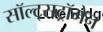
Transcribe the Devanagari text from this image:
सॉल्ट्सट्रॉमेन